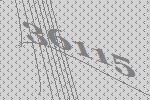
36115